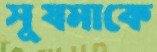
সুষমাকে